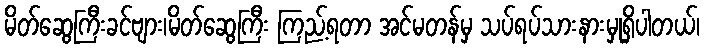
မိတ်ဆွေကြီးခင်ဗျား၊မိတ်ဆွေကြီး ကြည့်ရတာ အင်မတန်မှ သပ်ရပ်သားနားမှုရှိပါတယ်၊